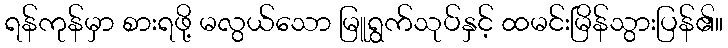
ရန်ကုန်မှာ စားရဖို့ မလွယ်သော မြူရွက်သုပ်နှင့် ထမင်းမြိန်သွားပြန်၏။